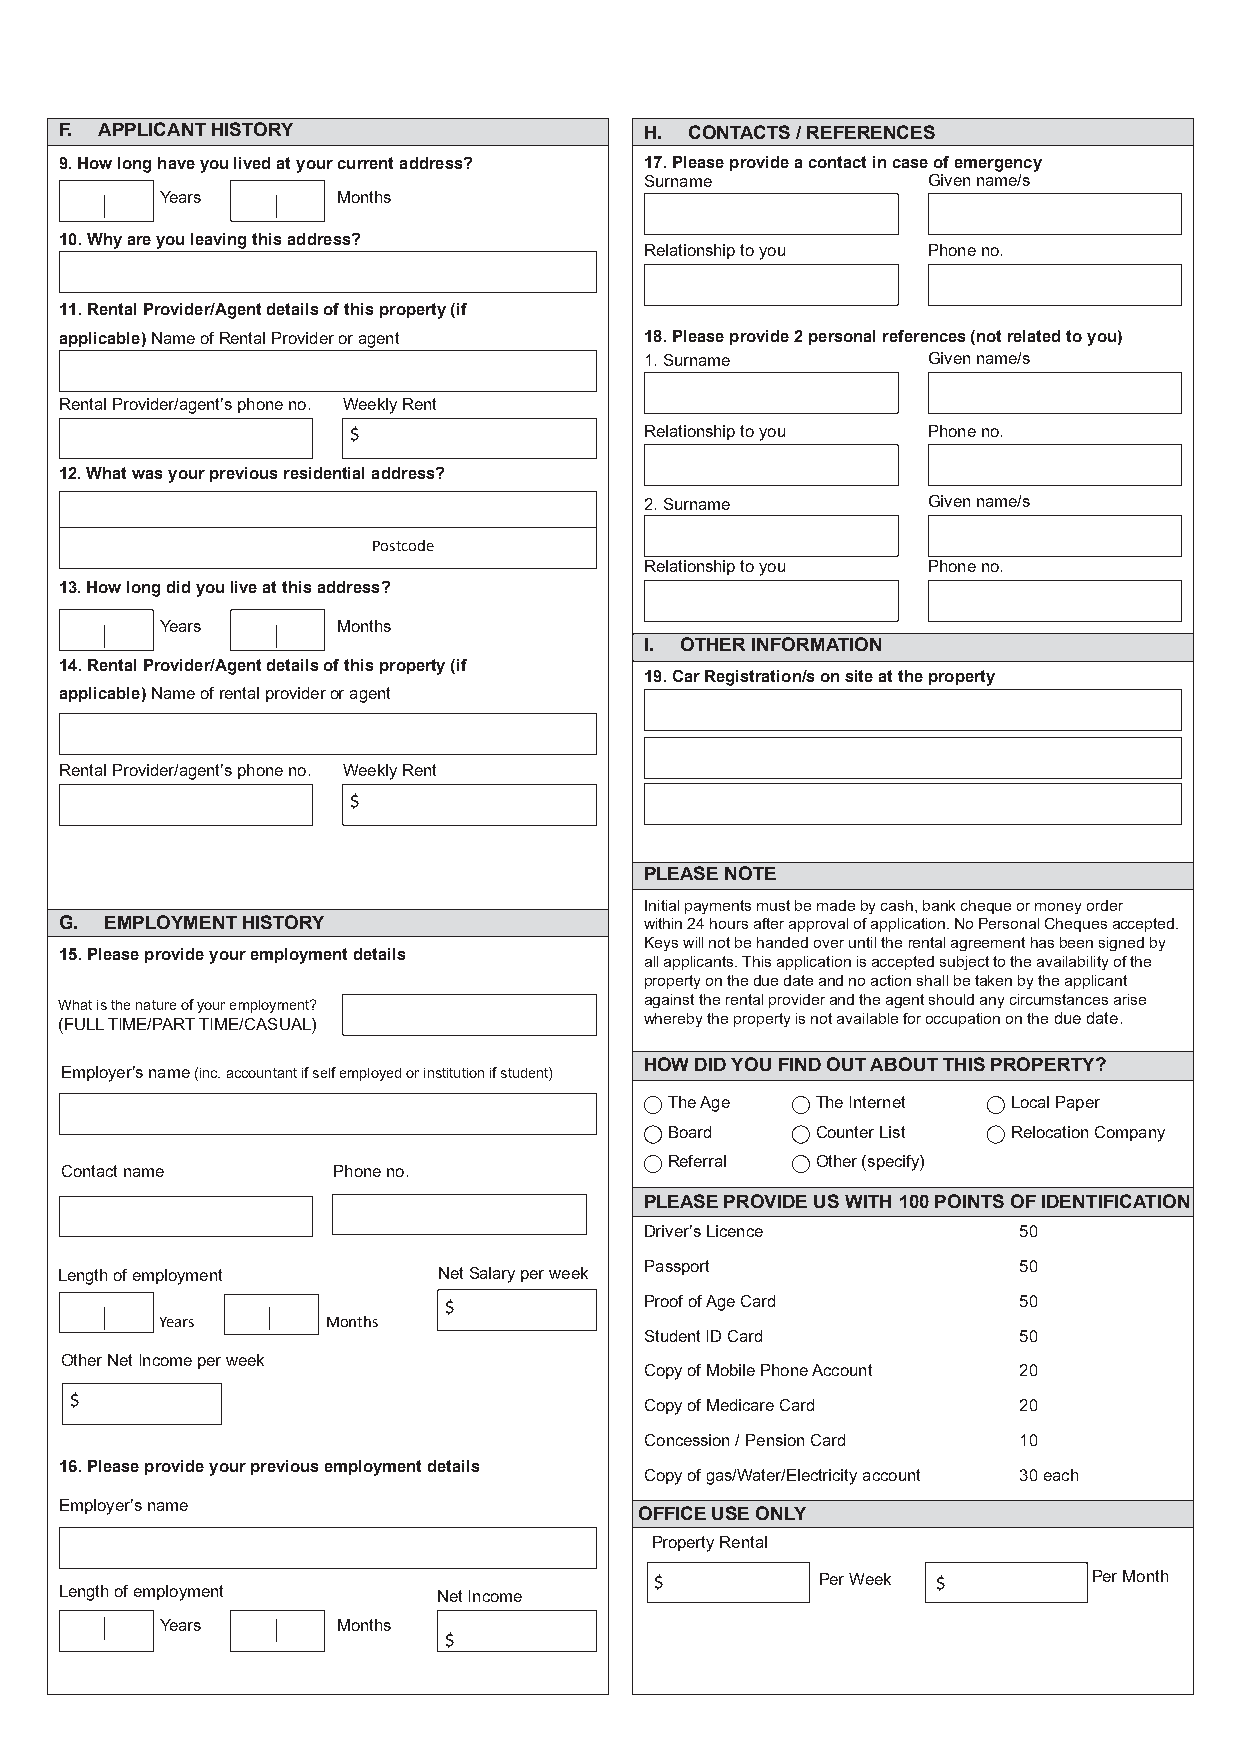
F. APPLICANT HISTORY                   H. CONTACTS / REFERENCES
 9.How long have you lived at your current address? 17.Please provide a contact in case of emergency
 Surname           Given name/s
 Years      Months
 10.Why are you leaving this address?
 Relationship to you Phone no.
 11.Rental Provider/Agent details of this property (if
 applicable) Name of Rental Provider or agent 18.Please provide 2 personal references (not related to you)
 1.Surname         Given name/s
 Rental Provider/agent’s phone no. Weekly Rent
 $                   Relationship to you Phone no.
 12.What was your previous residential address?
 2.Surname         Given name/s
 Postcode
 Relationship to you Phone no.
 13.How long did you live at this address?
 Years      Months
 I. OTHER INFORMATION
 14. Rental Provider/Agent details of this property (if
 19.Car Registration/s on site at the property
 applicable) Name of rental provider or agent
 Rental Provider/agent’s phone no. Weekly Rent
 $
 PLEASE NOTE
 Initial payments must be made by cash, bank cheque or money order
 G. EMPLOYMENT HISTORY                  within 24 hours after approval of application. No Personal Cheques accepted.
 Keys will not be handed over until the rental agreement has been signed by
 15.Please provide your employment details
 all applicants. This application is accepted subject to the availability of the
 property on the due date and no action shall be taken by the applicant
 against the rental provider and the agent should any circumstances arise
 What is the nature of your employment?
 (FULL TIME/PART TIME/CASUAL)           whereby the property is not available for occupation on the due date.
 HOW DID YOU FIND OUT ABOUT THIS PROPERTY?
 Employer’s name (inc. accountant if self employed or institution if student)
 The Age   The Internet Local Paper
 Board     Counter List Relocation Company
 Referral  Other (specify)
 Contact name      Phone no.
 PLEASE PROVIDE US WITH 100 POINTS OF IDENTIFICATION
 Driver’s Licence        50
 Passport                50
 Length of employment     Net Salary per week
 $             Proof of Age Card       50
 Years      Months
 Student ID Card         50
 Other Net Income per week
 Copy of Mobile Phone Account 20
 $
 Copy of Medicare Card   20
 Concession / Pension Card 10
 16.Please provide your previous employment details
 Copy of gas/Water/Electricity account 30 each
 Employer’s name
 OFFICE USE ONLY
 Property Rental
 $          Per Week $        Per Month
 Length of employment     Net Income
 Years      Months
 $